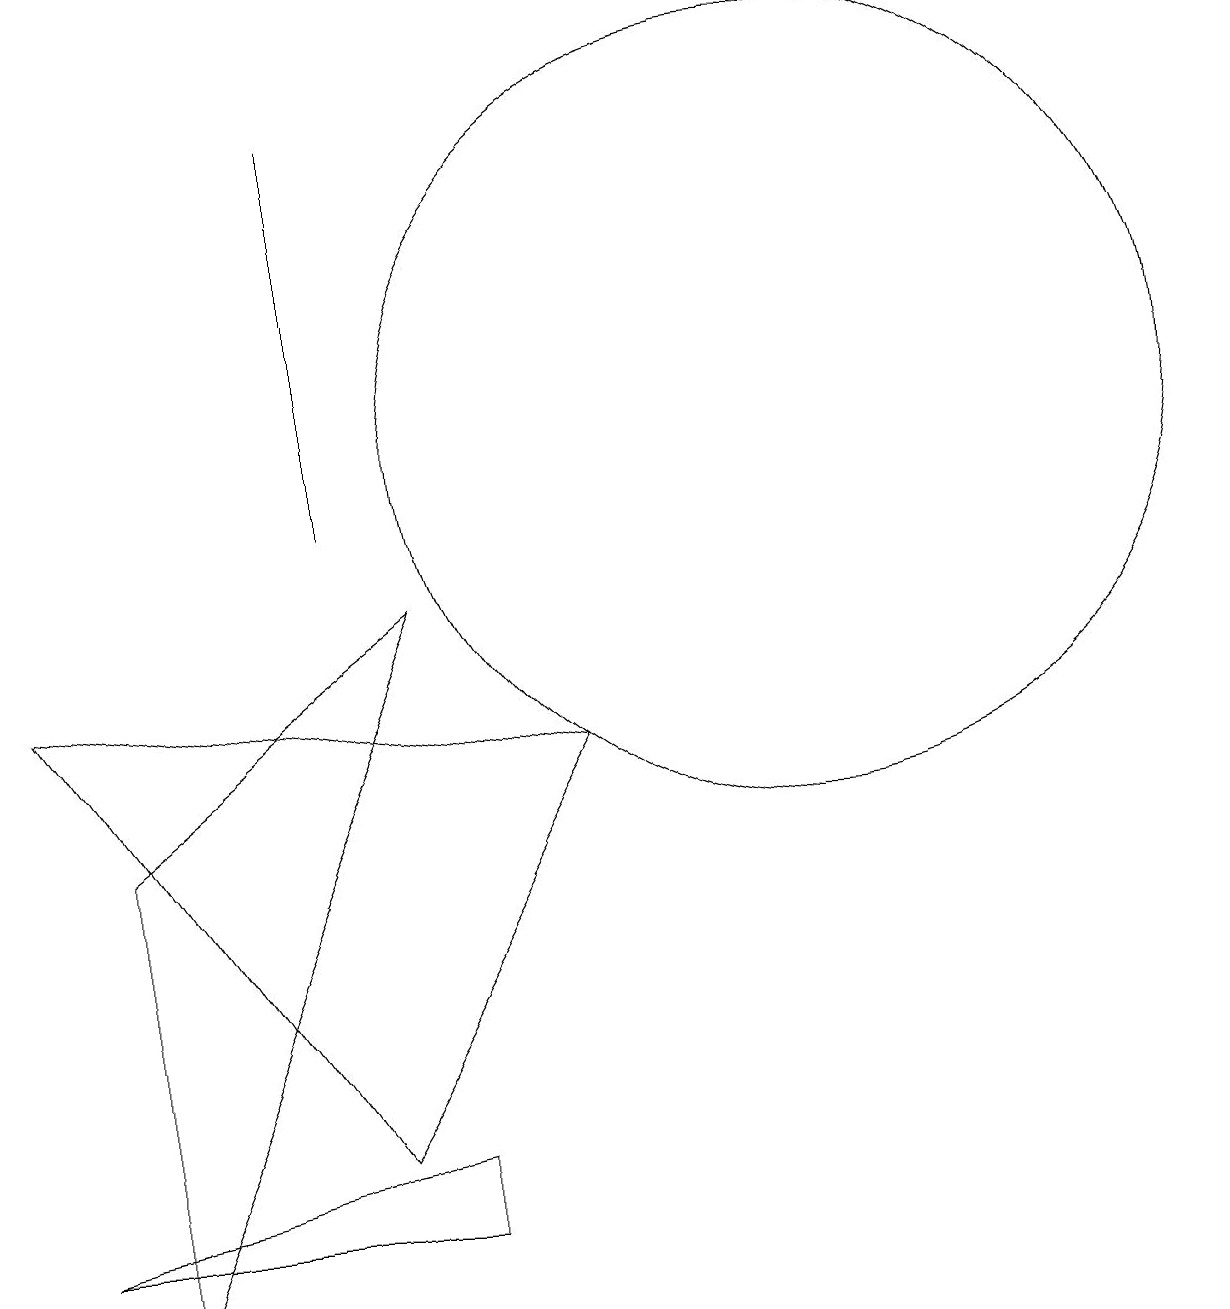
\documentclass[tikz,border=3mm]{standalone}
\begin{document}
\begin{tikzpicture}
\draw (12,11) circle (5);
\draw (7,9) -- (3,6) -- (3,0) -- cycle;
\draw (6,10) rectangle (6,15);
\draw (2,1) -- (7,1) -- (7,2) -- cycle;
\draw (2,8) -- (6,2) -- (9,7) -- cycle;
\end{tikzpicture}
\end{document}